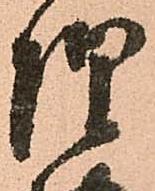
惶